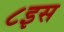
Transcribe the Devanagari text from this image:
८इस